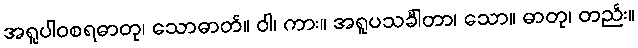
အရူပါဝစရဓာတု၊ သောဓာတ်။ ဝါ၊ ကား။ အရူပသင်္ခါတာ၊ သော။ ဓာတု၊ တည်း။